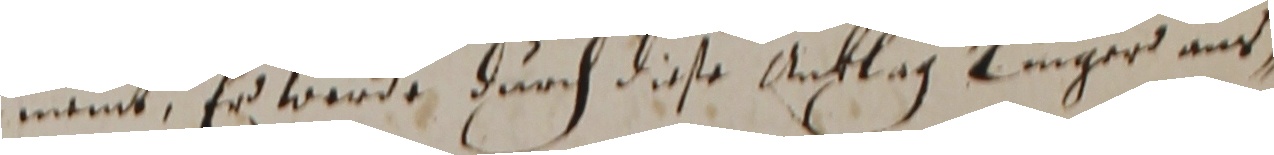
gmeint, er werde durch diese acklag linger aus,